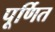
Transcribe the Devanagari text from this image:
पूर्णित